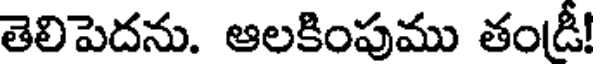
తెలిపెదను. ఆలకింపుము తండ్రీ!